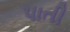
પાતી